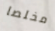
مخلصا